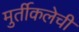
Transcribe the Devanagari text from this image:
मुर्तीकलेची